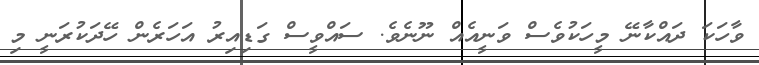
ވާހަކަ ދައްކާނޭ މީހަކުވެސް ވަނީއެއް ނޫނެވެ. ސައްވީސް ގަޑިއިރު އަހަރެން ހޭދަކުރަނީ މި